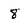
Character: 8